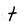
Character: t